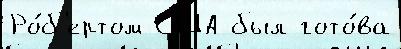
Ро́б'ертом США был гото́ва